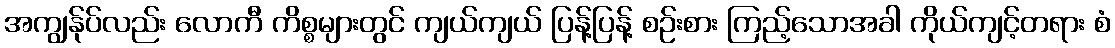
အကျွန်ုပ်လည်း လောကီ ကိစ္စများတွင် ကျယ်ကျယ် ပြန့်ပြန့် စဉ်းစား ကြည့်သောအခါ ကိုယ်ကျင့်တရား စံ